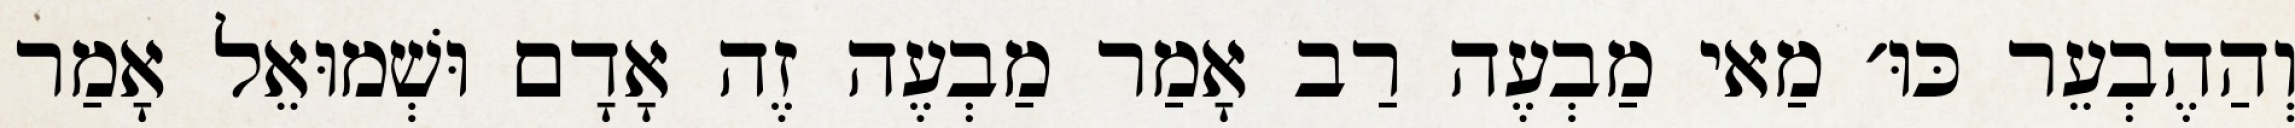
וְהַהֶבְעֵר כּוּ׳ מַאי מַבְעֶה רַב אָמַר מַבְעֶה זֶה אָדָם וּשְׁמוּאֵל אָמַר